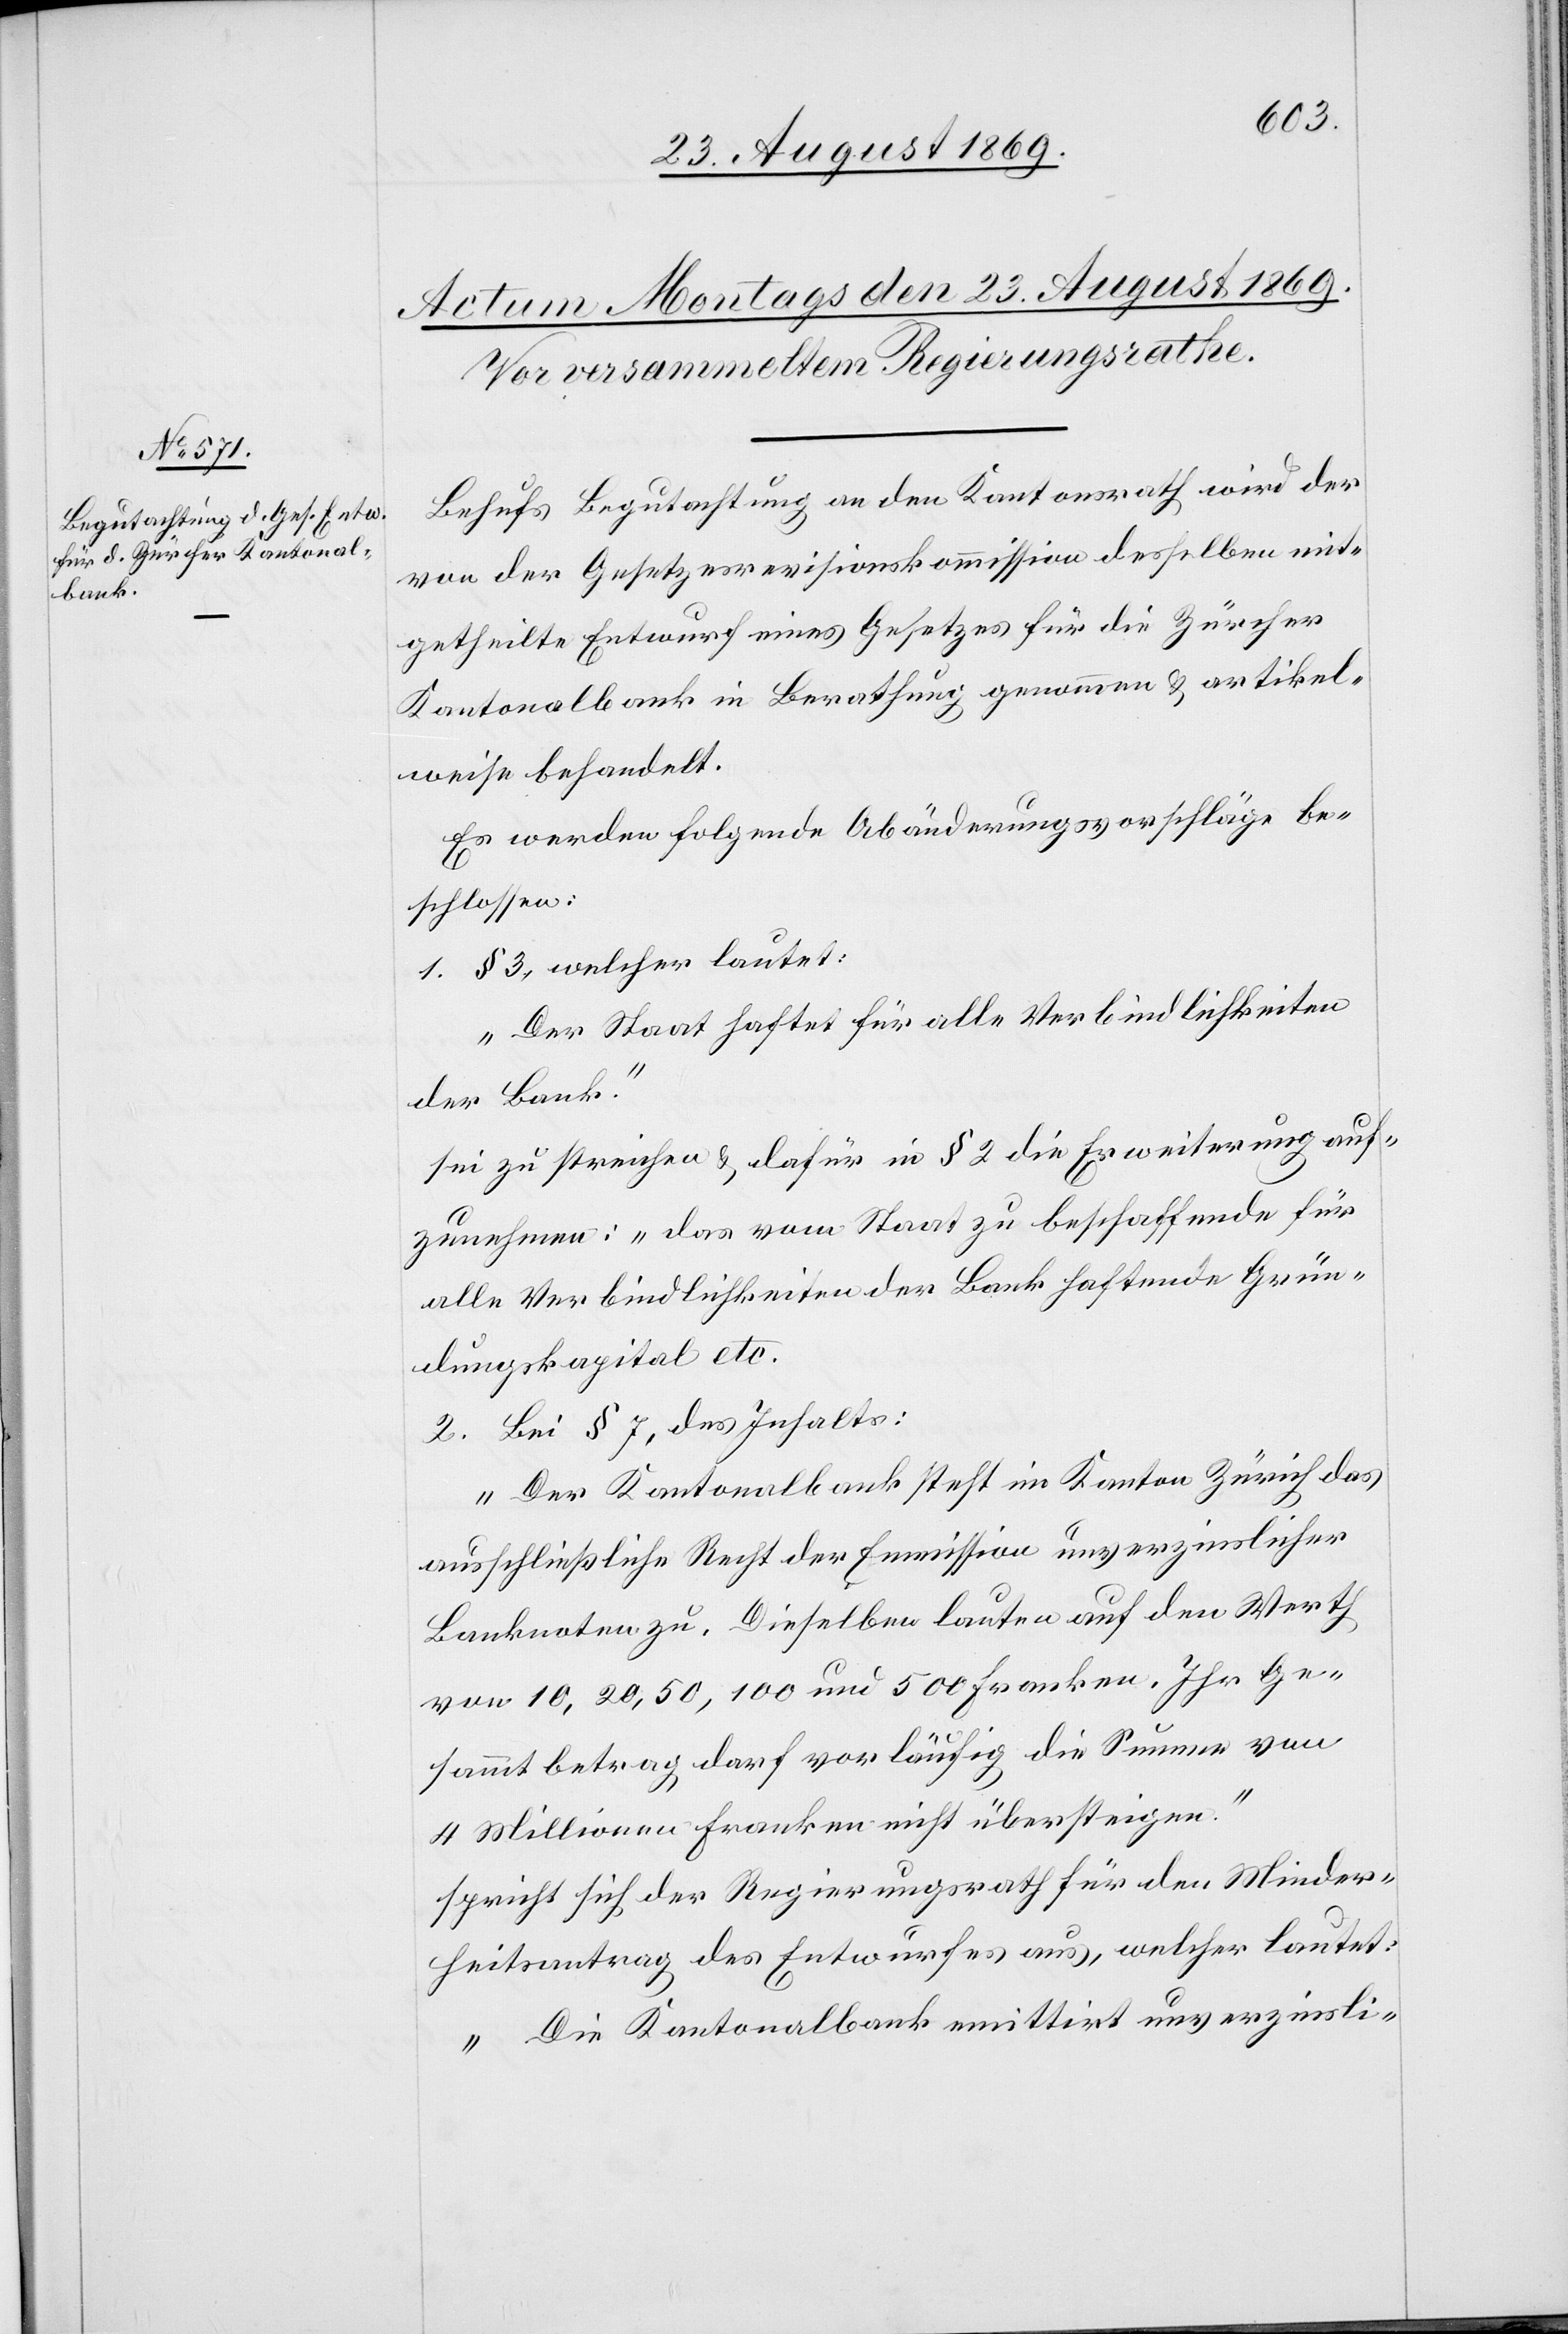
Behufs Begutachtung an den Kantonsrath wird der
von der Gesetzesrevisionskommission desselben mit¬
getheilte Entwurf eines Gesetzes für die Zürcher
Kantonalbank in Berathung genommen & artikel¬
weise behandelt.
Es werden folgende Abänderungsvorschläge be¬
schlossen:
1. § 3, welcher lautet:
„Der Staat haftet für alle Verbindlichkeiten
der Bank.“
sei zu streichen & dafür in § 2 die Erweiterung auf¬
zunehmen: „das vom Staat zu beschaffende für
alle Verbindlichkeiten der Bank haftende Grün¬
dungskapital etc.“
2. Bei § 7, des Inhalts:
„Der Kantonalbank steht im Kanton Zürich das
ausschließliche Recht der Emmission unverzinslicher
Banknoten zu. Dieselben lauten auf den Werth
von 10, 20, 50, 100 und 500 Franken. Ihr Ge¬
sammtbetrag darf vorläufig die Summe von
4 Millionen Franken nicht übersteigen.“
spricht sich der Regierungsrath für den Minder¬
heitsantrag des Entwurfes aus, welcher lautet:
„Die Kantonalbank emittirt unverzinsli-